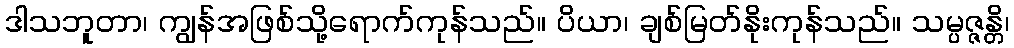
ဒါသဘူတာ၊ ကျွန်အဖြစ်သို့ရောက်ကုန်သည်။ ပိယာ၊ ချစ်မြတ်နိုးကုန်သည်။ သမ္ပဇ္ဇန္တိ၊